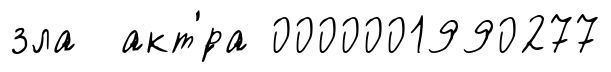
зла акт'́ра 0000001990277